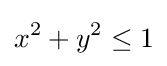
x^{2}+y^{2}\leq 1